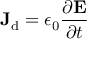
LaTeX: \mathbf { J } _ { \mathrm { { d } } } = \epsilon _ { 0 } { \frac { \partial \mathbf { E } } { \partial t } } \,